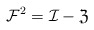
\begin{align*} \mathcal{F}^2=\mathcal{I}-\mathfrak{Z} \end{align*}